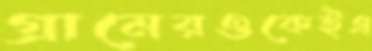
গ্রামেরওকেইএ